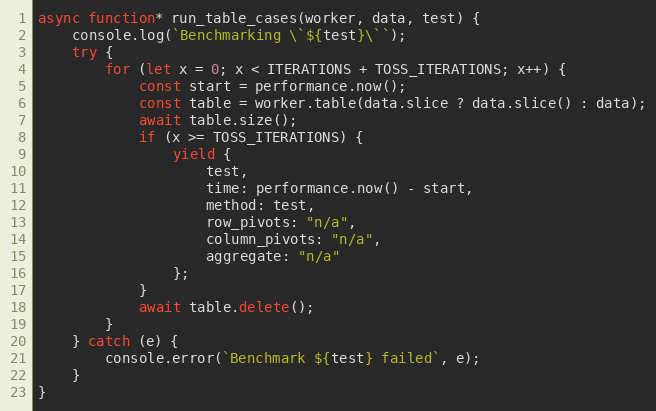
Language: JavaScript
async function* run_table_cases(worker, data, test) {
    console.log(`Benchmarking \`${test}\``);
    try {
        for (let x = 0; x < ITERATIONS + TOSS_ITERATIONS; x++) {
            const start = performance.now();
            const table = worker.table(data.slice ? data.slice() : data);
            await table.size();
            if (x >= TOSS_ITERATIONS) {
                yield {
                    test,
                    time: performance.now() - start,
                    method: test,
                    row_pivots: "n/a",
                    column_pivots: "n/a",
                    aggregate: "n/a"
                };
            }
            await table.delete();
        }
    } catch (e) {
        console.error(`Benchmark ${test} failed`, e);
    }
}